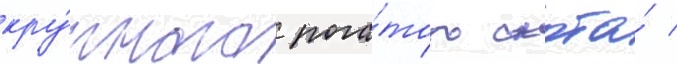
кру́пного рога́того скота́ /